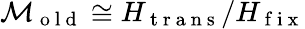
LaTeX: \mathcal{M}_{\mathrm{~o~l~d~}}\cong H_{\mathrm{~t~r~a~n~s~}}/H_{\mathrm{~f~i~x~}}